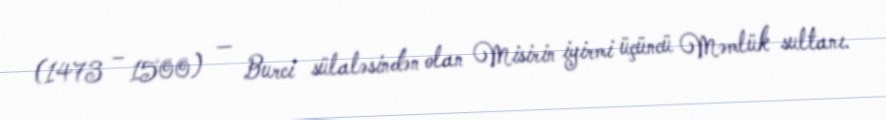
(1473 – 1500) — Burci sülaləsindən olan Misirin iyirmi üçüncü Məmlük sultanı.